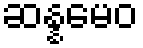
ဆန္နမေဝ